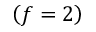
\left( f = 2 \right)